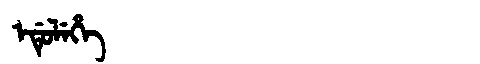
Manchu: ᡝᡩᡠᠯᡝᡥᡝ
Romanization: EDULEHE